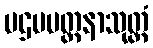
ပဌမပတ္ထနာသုတ္တံ